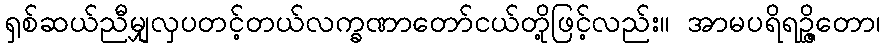
ရှစ်ဆယ်ညီမျှလှပတင့်တယ်လက္ခဏာတော်ငယ်တို့ဖြင့်လည်း။ အာမပရိရဉ္ဇိတော၊